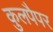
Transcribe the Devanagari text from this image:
कुलपैपर